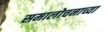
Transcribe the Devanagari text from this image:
समालोचनाच्या